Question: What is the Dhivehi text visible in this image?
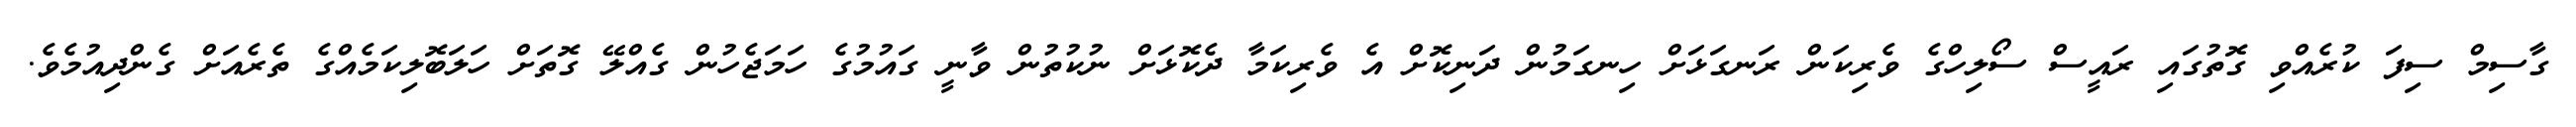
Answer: ގާސިމް ސިފަ ކުރެއްވި ގޮތުގައި ރައީސް ސޯލިހްގެ ވެރިކަން ރަނގަޅަށް ހިނގަމުން ދަނިކޮށް އެ ވެރިކަމާ ދެކޮޅަށް ނުކުތުން ވާނީ ގައުމުގެ ހަމަޖެހުން ގެއްލޭ ގޮތަށް ހަލަބޮލިކަމެއްގެ ތެރެއަށް ގެންދިއުމެވެ.